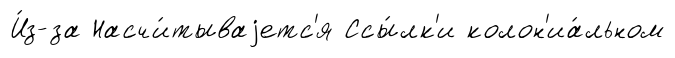
И́з-за Насчи́тываjетс'я Ссы́лк'и колон'иа́льном